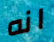
انه